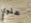
علوي